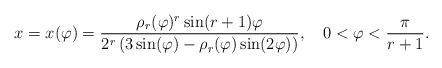
LaTeX: \begin{align*}x=x(\varphi)=\frac{\rho_r(\varphi)^r \sin(r+1)\varphi}{2^r \left(3\sin(\varphi)-\rho_r(\varphi)\sin(2\varphi)\right)},\quad0<\varphi<\frac{\pi}{r+1}.\end{align*}